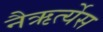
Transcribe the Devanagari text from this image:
नैऋर्त्येस